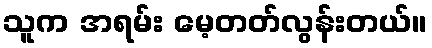
သူက အရမ်း မေ့တတ်လွန်းတယ်။